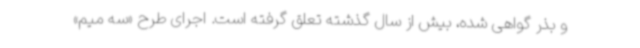
و بذر گواهی شده، بیش از سال گذشته تعلق گرفته است. اجرای طرح «سه میم»